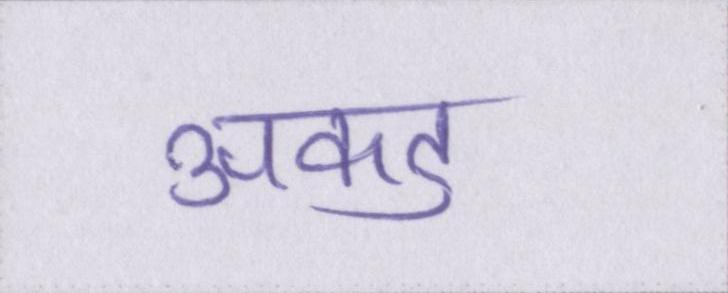
अकड